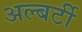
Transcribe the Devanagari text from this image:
अल्बर्टी